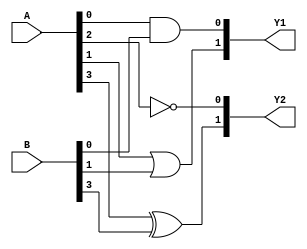
module overlapping_groups (
    input wire [3:0] A,       // 4-bit input vector
    input wire [3:0] B,       // Another 4-bit input vector
    output wire [1:0] Y1,     // Outputs from Group 1
    output wire [1:0] Y2      // Outputs from Group 2
);

// Group 1 Logic Function
// Example: Y1[0] = A AND B, Y1[1] = A OR B
assign Y1[0] = A[0] & B[0];  // AND operation
assign Y1[1] = A[1] | B[1];  // OR operation

// Group 2 Logic Function
// Example: Y2[0] = NOT A, Y2[1] = A XOR B
assign Y2[0] = ~A[2];        // NOT operation
assign Y2[1] = A[3] ^ B[3];  // XOR operation

endmodule